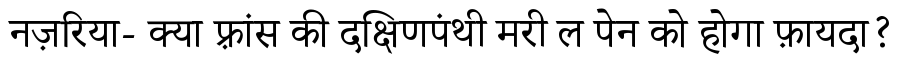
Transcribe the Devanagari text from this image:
नज़रिया- क्या फ़्रांस की दक्षिणपंथी मरी ल पेन को होगा फ़ायदा?